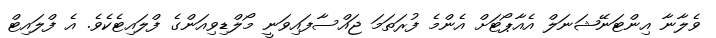
ވެލާނާ އިންޓަނޭޝަނަލް އެއާޕޯޓަށް އެންމެ ފުރަތަމަ ޖައްސާފައިވަނީ މޯލްޑިވިއަންގެ ފްލައިޓެކެވެ. އެ ފްލައިޓް